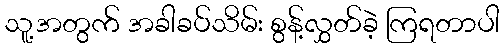
သူ့အတွက် အခါခပ်သိမ်း စွန့်လွှတ်ခဲ့ ကြရတာပါ